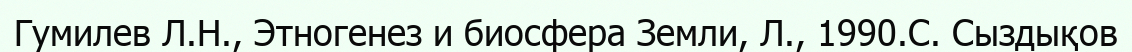
Гумилев Л.Н., Этногенез и биосфера Земли, Л., 1990.С. Сыздықов